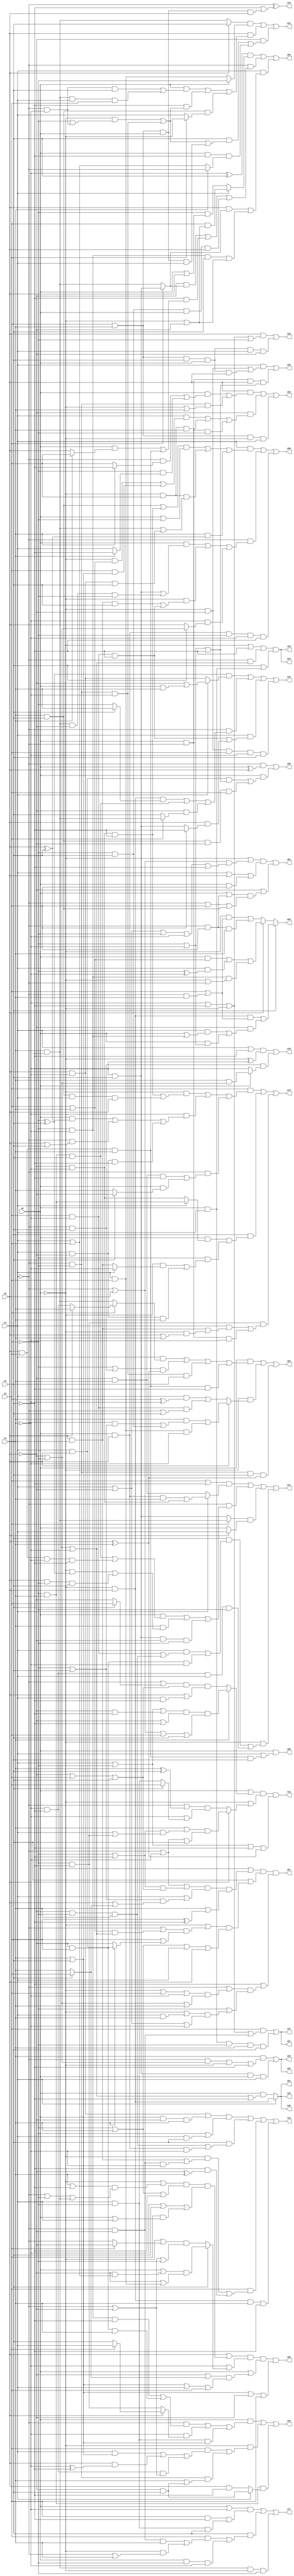
// Benchmark "q_4" written by ABC on Sat Feb 25 04:16:35 2023

module q_4 ( 
    x0, x1, x2, x3, x4, x5,
    z00, z01, z02, z03, z04, z05, z06, z07, z08, z09, z10, z11, z12, z13,
    z14, z15, z16, z17, z18, z19, z20, z21, z22, z23, z24, z25, z26, z27,
    z28, z29, z30  );
  input  x0, x1, x2, x3, x4, x5;
  output z00, z01, z02, z03, z04, z05, z06, z07, z08, z09, z10, z11, z12, z13,
    z14, z15, z16, z17, z18, z19, z20, z21, z22, z23, z24, z25, z26, z27,
    z28, z29, z30;
  assign z00 = x0 & (x1 | (x2 & x3 & x4 & x5));
  assign z01 = x1 ? (~x0 & x2) : (x0 & (~x2 | ~x3 | ~x4 | ~x5));
  assign z02 = (~x0 | ((~x1 | x2) & (x1 | ~x2 | ~x3 | ~x4 | ~x5))) & (x1 | x2 | (x0 & x3)) & (~x2 | ((x0 | (~x1 & x3)) & (~x1 | x3 | (x4 & x5))));
  assign z03 = (x2 & ((x0 & ((~x1 & (x4 ? ~x5 : x3)) | (~x3 & (x4 ? ~x5 : x1)))) | (~x1 & ~x3 & (~x0 | x4)))) | (~x2 & ((x1 & ((~x0 & (x3 | x4)) | (x3 & (x4 | x5)))) | (~x0 & x3 & x4) | (x0 & ~x1 & ~x3))) | (x3 & x4 & ~x0 & x1);
  assign z04 = (x0 & ((x1 & (x3 ? (x2 ? x4 : (~x4 & ~x5)) : (x4 & ~x5))) | ((~x3 | (~x1 & x5)) & (x2 ^ x4)) | (~x1 & ~x3 & ~x4 & x5) | (x2 & x3 & x4 & ~x5))) | (~x0 & (x2 ? ((x4 & ((~x1 & (~x3 | x5)) | (~x3 & x5))) | (x1 & x3 & ~x4)) : ((x1 & (x3 ^ ~x4)) | (x3 & ~x4 & (~x1 | x5))))) | (~x1 & ~x3 & x5 & (x2 ^ x4));
  assign z05 = ((~x4 ^ x5) & (x1 ? (x3 & (~x0 | ~x2)) : (~x3 & (x0 | x2)))) | (~x1 & ((~x2 & (x3 ? (~x4 & x5) : (x4 & ~x5))) | (~x5 & ((x0 & (x4 ? x3 : x2)) | (x2 & x3 & x4))) | (~x3 & x5 & x0 & x2))) | (x1 & ((x2 & (x3 ? (~x4 & x5) : (x4 & ~x5))) | (~x3 & ~x4 & x5 & (~x0 | ~x2))));
  assign z06 = (x2 | ((~x0 | ((x4 | ~x5) & (~x1 | ~x3 | (x4 & ~x5)))) & (~x3 | x4 | ~x5) & (~x4 | x5 | (x3 & (x0 | x1))))) & (~x4 | (x5 ? ((x0 | (~x2 & (x1 | x3))) & (~x2 | (x1 & x3))) : ((~x0 | (x3 ? ~x2 : ~x1)) & (~x1 | ~x2 | ~x3)))) & (x0 | ((~x2 | (x5 ? x3 : x4)) & (x4 | x5 | x1 | x3))) & (x4 | x5 | ~x2 | x3);
  assign z07 = (x0 | ((~x1 | ~x4 | ((~x3 | ~x5) & (~x2 | x3 | x5))) & (x1 | ((~x3 | x5) & (x2 | (x5 ? x3 : x4)))) & (x4 | (x3 ^ ~x5)))) & (x5 | ((~x0 | ((~x1 | ((x3 | x4) & (~x2 | ~x3 | ~x4))) & (x3 | (x4 ? (x1 & x2) : ~x2)))) & (~x3 | x4 | x1 | x2))) & (~x5 | ((~x1 | ((~x0 | x3 | ~x4) & (~x2 | ~x3 | x4))) & (~x3 | ((~x0 | (x1 & x4)) & (x1 | ~x2 | ~x4)))));
  assign z08 = (x1 & ((((x4 & x5) | (~x2 & ~x4 & ~x5)) & (x0 | ~x3)) | (~x0 & x3 & ((x4 & ~x5) | (x2 & ~x4 & x5))) | (x4 & (x2 ^ x5)))) | (~x1 & ((x0 & ((~x4 & x5) | (x4 & ~x5 & ~x2 & ~x3))) | (~x0 & ((x2 & x4 & x5) | (x3 & ~x4 & ~x5))) | (~x4 & (x5 ? (~x2 | ~x3) : x2)))) | (x0 & x2 & ~x3 & ~x4 & ~x5);
  assign z09 = x5 ? ((~x0 & x2 & (x3 | (~x1 & x4))) | (~x2 & ((x1 & (x0 | (~x3 & ~x4))) | (x0 & (~x3 | ~x4))))) : (x2 ? ((x0 & (x3 | x4)) | (x1 & (~x3 ^ ~x4)) | (~x3 & ~x4 & (~x0 | ~x1))) : ((~x0 & (x3 | (~x1 & x4))) | (~x1 & x3 & x4)));
  assign z10 = (x0 & ((~x1 & ((~x3 & ~x4 & ~x5) | (~x2 & x3 & x4))) | (~x4 & (x2 ? (x3 ? x1 : x5) : (~x3 & ~x5))) | (x1 & ~x3 & (x4 | x5)))) | (~x0 & ((x3 & ((x1 & (x4 | x5)) | (x2 & (~x4 ^ ~x5)) | (~x4 & ~x5 & (~x1 | ~x2)))) | (~x1 & ~x3 & (x4 | (~x2 & x5))))) | (~x3 & x4 & (x1 ? (~x2 & x5) : (x2 & ~x5)));
  assign z11 = ((x3 | ~x5) & (x1 ? ((x0 & x2 & x4) | (~x2 & ~x4)) : (~x2 & x4))) | (~x1 & ((x0 & ((~x3 & x4 & x5) | (x2 & x3 & ~x4 & ~x5))) | (x4 & ((~x0 & (~x3 ^ x5)) | (x2 & ~x3 & x5))) | (~x4 & x5 & ~x2 & ~x3))) | ((x3 ? (x4 & ~x5) : (~x4 & x5)) & (x2 ? x1 : x0)) | (~x0 & ((x5 & ((x1 & ((x3 & ~x4) | (~x2 & ~x3 & x4))) | (~x2 & x3 & ~x4))) | (~x4 & ~x5 & x1 & ~x3)));
  assign z12 = ((x2 ? x5 : (x4 & ~x5)) & (x0 ? ~x3 : (x1 & x3))) | (x2 & ((x0 & ((~x1 & ~x4 & x5) | (x4 & ~x5 & x1 & x3))) | (~x5 & ((~x0 & (~x3 | (~x1 & ~x4))) | (~x1 & ~x3 & ~x4))) | (x4 & x5 & (x3 ? ~x0 : x1)))) | (~x2 & ((x5 & ((~x0 & (~x3 | (~x1 & ~x4))) | (~x1 & ~x3 & ~x4) | (x3 & x4 & x0 & x1))) | (x0 & ~x5 & (x4 ? ~x1 : (x1 | x3)))));
  assign z13 = (x3 & ((~x0 & ((~x2 & ~x4 & ~x5) | (x4 & x5 & x1 & x2))) | (~x4 & ((x0 & (x2 ^ x5)) | (~x1 & (x2 | x5)) | (x1 & ~x2 & ~x5))) | (~x1 & ((~x2 & x4 & ~x5) | (x0 & (x5 ? ~x2 : x4)))))) | (x5 & ((x0 & (x1 ? (~x3 & x4) : (~x2 & ~x4))) | (~x3 & ((~x0 & (x1 ? ~x4 : (x2 & x4))) | (x1 & ~x2 & x4))))) | (~x3 & ~x5 & ((x1 & ((x2 & x4) | (~x0 & (x2 | x4)))) | (x0 & ~x1 & ~x4)));
  assign z14 = (x0 | (x4 ? ((x1 | ~x3 | (~x2 & ~x5)) & (~x2 | ~x5) & (~x1 | x2 | x3 | x5)) : ((~x1 | (x5 ? x3 : ~x2)) & (~x2 | x3 | x5) & (x2 | (x1 & ~x5))))) & (~x0 | (x2 ? ((x4 | ((~x3 | ~x5) & (x1 | (~x3 & ~x5)))) & (~x1 | ~x4 | x5)) : ((~x1 | (x4 ^ x5)) & (~x4 | (x5 ? x3 : (x1 & ~x3)))))) & (x1 | ~x3 | ~x5 | (x2 ^ x4));
  assign z15 = ((~x3 ^ x5) & (x1 ? (~x2 | (x0 & x4)) : (x2 & ~x4))) | (~x1 & ((~x0 & x2 & (x5 ? x4 : ~x3)) | (~x3 & x4 & x5) | (~x2 & (x3 ? (x4 & ~x5) : x5)))) | (x1 & ((x3 & ~x4 & ~x5) | (x2 & (x3 ? ~x5 : (~x4 & x5))))) | (~x0 & ~x2 & x3 & ~x4 & x5);
  assign z16 = (((x2 & ~x4) | (x0 & ~x2 & x4)) & (~x3 | (x1 & x5))) | (x5 & ((~x2 & ~x3 & x4) | (x0 & x2 & ~x4))) | (x3 & ((~x0 & ((x2 & x4) | (~x1 & ~x2 & ~x4))) | (~x5 & (~x2 ^ x4)))) | (~x0 & x2 & x4 & ~x5);
  assign z17 = ((x0 | ~x4) & ((x3 & ~x5) | (x1 & ~x3 & x5))) | (x5 & ((x3 & ((~x1 & ~x2 & x4) | (~x0 & (~x1 | x4)))) | (x0 & ~x3 & ~x4))) | (x4 & ~x5 & ~x0 & ~x3);
  assign z18 = ((x1 | ~x5) & (~x0 ^ ~x4)) | (~x1 & x5 & (x0 ? (x4 & (~x2 | ~x3)) : ~x4));
  assign z19 = ~x1 ^ (~x5 | (x3 & x4 & x0 & x2));
  assign z20 = (x2 & (~x4 | ~x5 | ~x0 | ~x3)) | (x3 & x4 & x5 & x0 & x1 & ~x2);
  assign z21 = (x3 & (~x4 | ~x5 | ~x0 | (~x1 & ~x2))) | (x0 & x1 & ~x3 & x4 & x5);
  assign z22 = (x4 & ((~x1 & (~x2 | ~x3)) | ~x0 | ~x5)) | (~x4 & x5 & x0 & x1);
  assign z23 = (~x0 | ~x5 | (~x1 & (~x2 | ~x3 | ~x4))) & (x5 | (x0 & x1));
  assign z25 = (x1 & ((~x0 & ~x2) | (x3 & x4 & x5 & x0 & x2))) | (x0 & ~x1 & x2 & (~x3 | ~x4 | ~x5));
  assign z26 = (~x1 & (x0 ^ x2)) | (x0 & ((x1 & x2 & (~x3 | ~x4 | ~x5)) | (x4 & x5 & ~x2 & x3)));
  assign z24 = x1 ? (~x0 & x2) : (x0 & (~x2 | ~x3 | ~x4 | ~x5));
  assign z27 = (x3 & (~x4 | ~x5 | ~x0 | (~x1 & ~x2))) | (x0 & x1 & ~x3 & x4 & x5);
  assign z28 = (x4 & ((~x1 & (~x2 | ~x3)) | ~x0 | ~x5)) | (~x4 & x5 & x0 & x1);
  assign z29 = (~x0 | ~x5 | (~x1 & (~x2 | ~x3 | ~x4))) & (x5 | (x0 & x1));
  assign z30 = x1 ? (~x0 & x2) : (x0 & (~x2 | ~x3 | ~x4 | ~x5));
endmodule